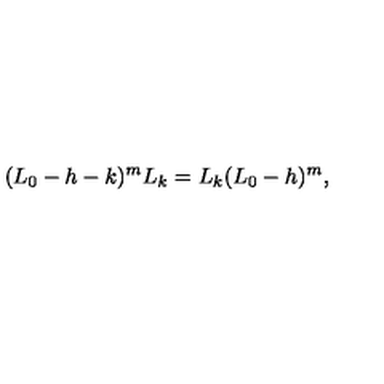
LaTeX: ( L _ { 0 } - h - k ) ^ { m } L _ { k } = L _ { k } ( L _ { 0 } - h ) ^ { m } ,